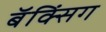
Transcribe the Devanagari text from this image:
बॅक्सिंग